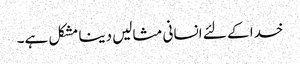
خدا کے لئے انسانی مثالیں دینا مشکل ہے۔